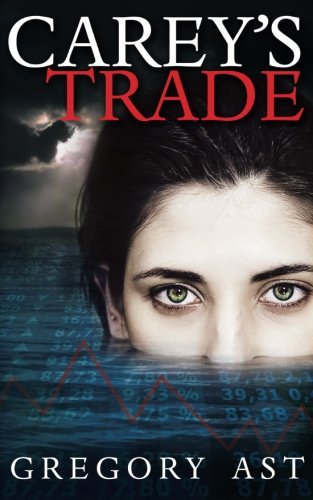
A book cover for Carey's Trade; Gregory Ast; Literature & Fiction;